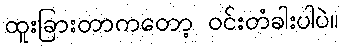
ထူးခြားတာကတော့ ဝင်းတံခါးပါပဲ။